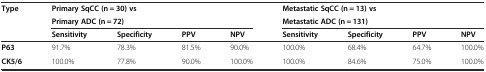
| <ROWSPAN=3> Type | <COLSPAN=4> Primary SqCC (n = 30) vs | <COLSPAN=4> Metastatic SqCC (n = 13) vs |
 | <COLSPAN=4> Primary ADC (n = 72) | <COLSPAN=4> Metastatic ADC (n = 131) |
 | Sensitivity | Specificity | PPV | NPV | Sensitivity | Specificity | PPV | NPV |
 | --- | --- | --- | --- | --- | --- | --- | --- | --- |
 | P63 | 91.7% | 78.3% | 81.5% | 90.0% | 100.0% | 68.4% | 64.7% | 100.0% |
 | CK5/6 | 100.0% | 77.8% | 90.0% | 100.0% | 100.0% | 84.6% | 75.0% | 100.0% |